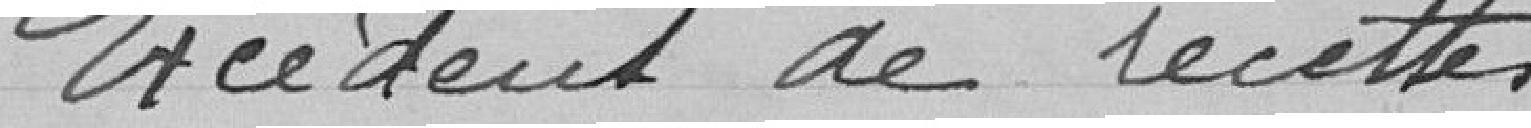
Excédant de recettes